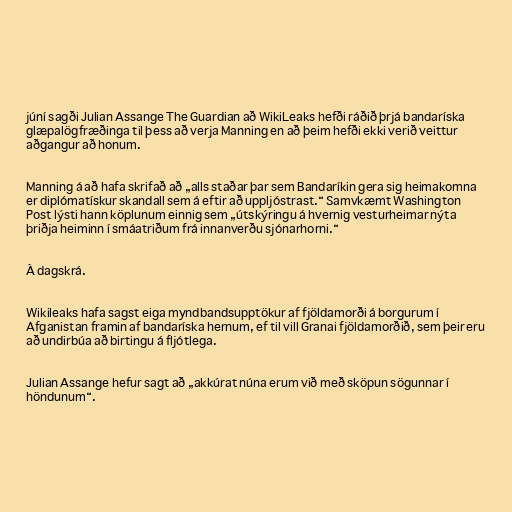
júní sagði Julian Assange The Guardian að WikiLeaks hefði ráðið þrjá bandaríska
glæpalögfræðinga til þess að verja Manning en að þeim hefði ekki verið veittur
aðgangur að honum.

Manning á að hafa skrifað að „alls staðar þar sem Bandaríkin gera sig heimakomna
er diplómatískur skandall sem á eftir að uppljóstrast.“ Samvkæmt Washington
Post lýsti hann köplunum einnig sem „útskýringu á hvernig vesturheimar nýta
þriðja heiminn í smáatriðum frá innanverðu sjónarhorni.“

Á dagskrá.

Wikileaks hafa sagst eiga myndbandsupptökur af fjöldamorði á borgurum í
Afganistan framin af bandaríska hernum, ef til vill Granai fjöldamorðið, sem þeir eru
að undirbúa að birtingu á fljótlega.

Julian Assange hefur sagt að „akkúrat núna erum við með sköpun sögunnar í
höndunum“.